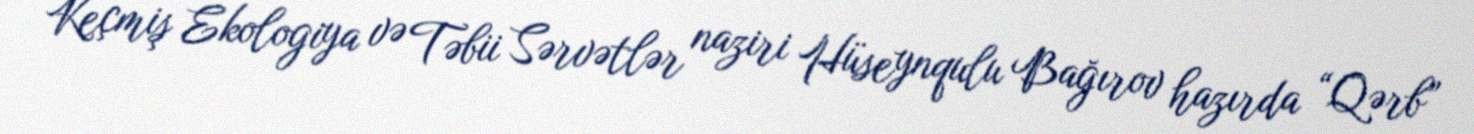
Keçmiş Ekologiya və Təbii Sərvətlər naziri Hüseynqulu Bağırov hazırda “Qərb”